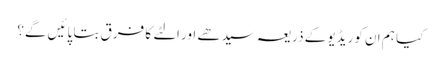
کیا ہم ان کو ریڈیو کے ذریعہ سیدھے اور الٹے کا فرق بتا پائیں گے؟